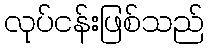
လုပ်ငန်းဖြစ်သည်